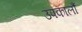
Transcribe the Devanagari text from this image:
उपकालौं